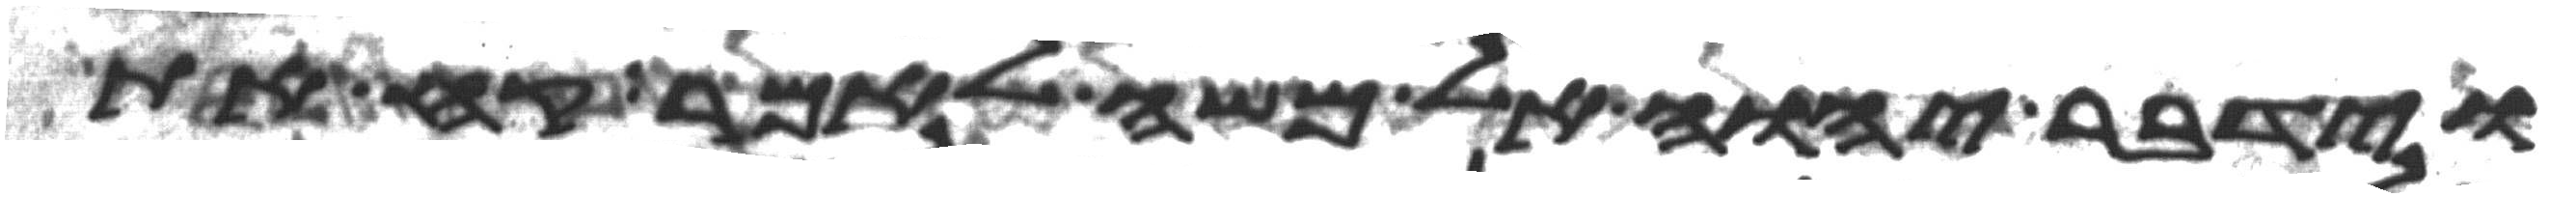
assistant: וידבר יהוה אל משה לאמר קח את